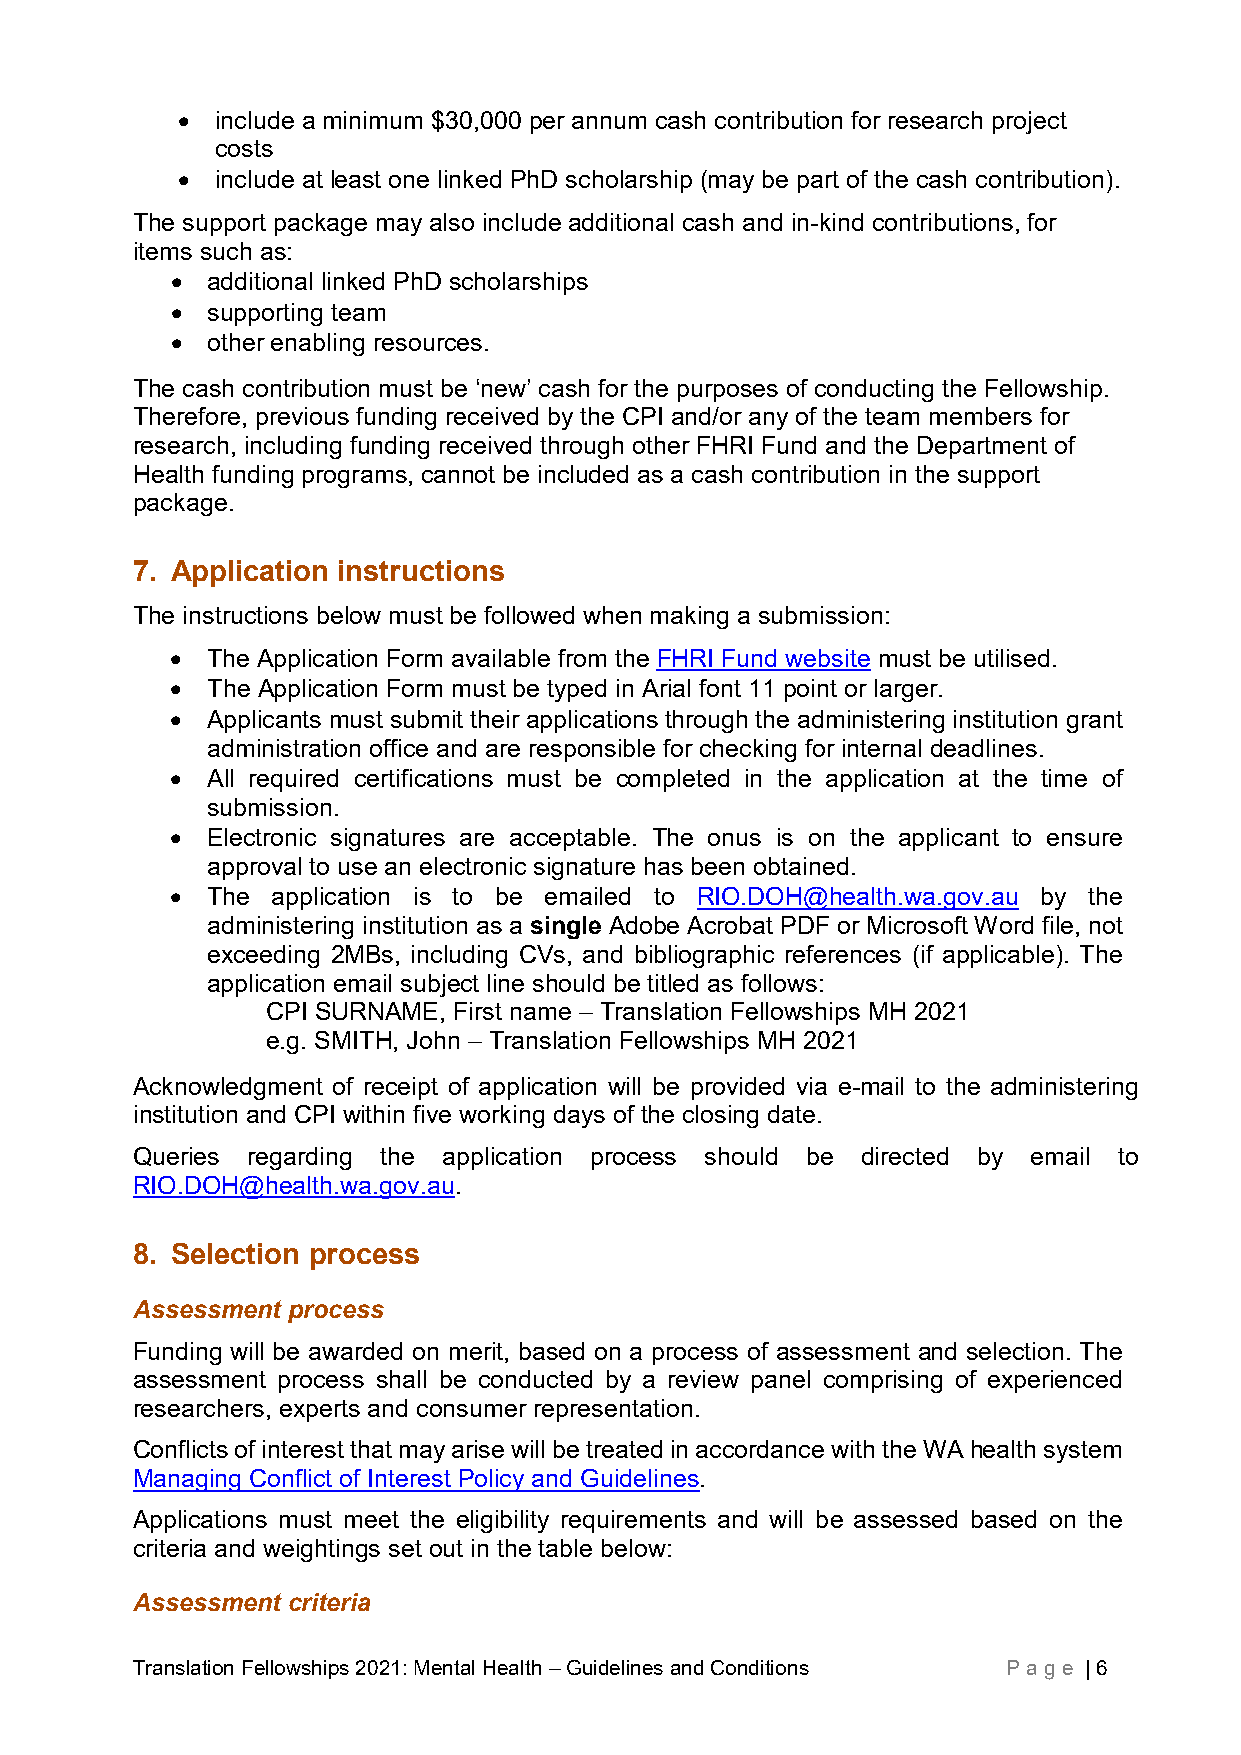
• include a minimum $30,000 per annum cash contribution for research project
 costs
 • include at least one linked PhD scholarship (may be part of the cash contribution).
 The support package may also include additional cash and in-kind contributions, for
 items such as:
 •  additional linked PhD scholarships
 •  supporting team
 •  other enabling resources.
 The cash contribution must be ‘new’ cash for the purposes of conducting the Fellowship.
 Therefore, previous funding received by the CPI and/or any of the team members for
 research, including funding received through other FHRI Fund and the Department of
 Health funding programs, cannot be included as a cash contribution in the support
 package.
 7. Application instructions
 The instructions below must be followed when making a submission:
 •  The Application Form available from the FHRI Fund website must be utilised.
 •  The Application Form must be typed in Arial font 11 point or larger.
 •  Applicants must submit their applications through the administering institution grant
 administration office and are responsible for checking for internal deadlines.
 •  All required certifications must be completed in the application at the time of
 submission.
 •  Electronic signatures are acceptable. The onus is on the applicant to ensure
 approval to use an electronic signature has been obtained.
 •  The application is to be emailed to RIO.DOH@health.wa.gov.au by the
 administering institution as a single Adobe Acrobat PDF or Microsoft Word file, not
 exceeding 2MBs, including CVs, and bibliographic references (if applicable). The
 application email subject line should be titled as follows:
 CPI SURNAME, First name – Translation Fellowships MH 2021
 e.g. SMITH, John – Translation Fellowships MH 2021
 Acknowledgment of receipt of application will be provided via e-mail to the administering
 institution and CPI within five working days of the closing date.
 Queries regarding the application process should be directed by email to
 RIO.DOH@health.wa.gov.au.
 8. Selection process
 Assessment process
 Funding will be awarded on merit, based on a process of assessment and selection. The
 assessment process shall be conducted by a review panel comprising of experienced
 researchers, experts and consumer representation.
 Conflicts of interest that may arise will be treated in accordance with the WA health system
 Managing Conflict of Interest Policy and Guidelines.
 Applications must meet the eligibility requirements and will be assessed based on the
 criteria and weightings set out in the table below:
 Assessment criteria
 Translation Fellowships 2021: Mental Health – Guidelines and Conditions Pag e | 6